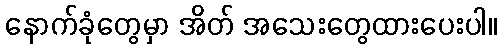
နောက်ခုံတွေမှာ အိတ် အသေးတွေထားပေးပါ။